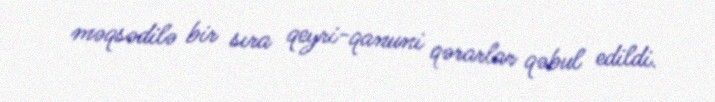
məqsədilə bir sıra qeyri-qanuni qərarlar qəbul edildi.